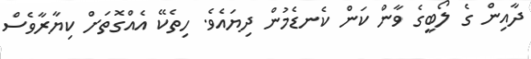
ދާއިން ގެ ލޯބީގެ ވާން ކަން ކެނޑެމުން ދިޔައެވެ. ހިތެކޭ އެއްގޮތަށް ކިޔާރާވެސް